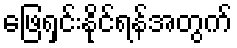
ဖြေရှင်းနိုင်ရန်အတွက်